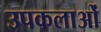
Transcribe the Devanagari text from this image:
उपकलाओं